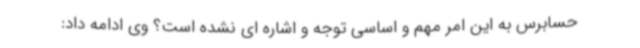
حسابرس به این امر مهم و اساسی توجه و اشاره ای نشده است؟ وی ادامه داد: